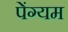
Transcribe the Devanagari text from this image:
पेंग्यम